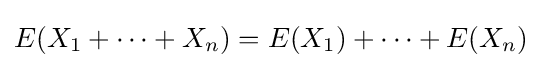
E(X_{1}+\cdots +X_{n})=E(X_{1})+\cdots +E(X_{n})